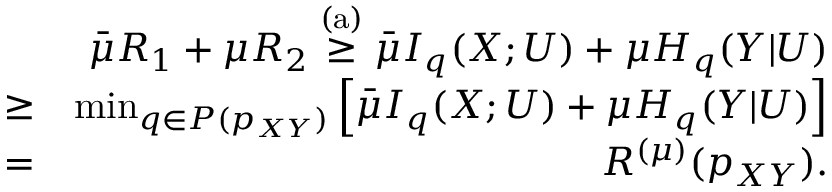
\begin{array} { r l r } & { } & { \bar { \mu } R _ { 1 } + \mu R _ { 2 } \stackrel { \mathrm { ( a ) } } { \geq } \bar { \mu } I _ { q } ( X ; U ) + \mu H _ { q } ( Y | U ) } \\ & { \geq } & { \operatorname* { m i n } _ { q \in { \cal P } ( p _ { X Y } ) } \left[ \bar { \mu } I _ { q } ( X ; U ) + \mu H _ { q } ( Y | U ) \right] } \\ & { = } & { { R } ^ { ( \mu ) } ( p _ { X Y } ) . } \end{array}